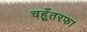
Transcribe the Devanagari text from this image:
चहुँतरफा